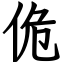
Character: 佹